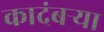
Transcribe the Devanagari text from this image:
कादंबऱ्‍या